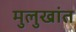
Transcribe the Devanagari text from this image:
मुलुखांत